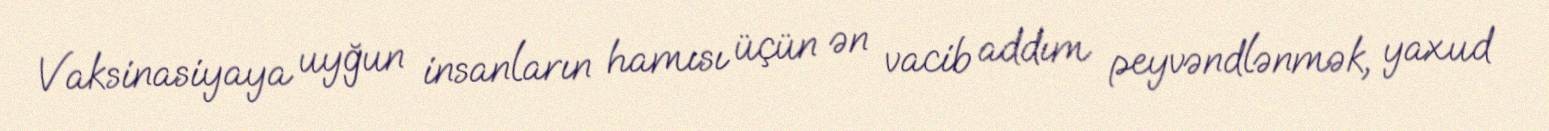
Vaksinasiyaya uyğun insanların hamısı üçün ən vacib addım peyvəndlənmək, yaxud